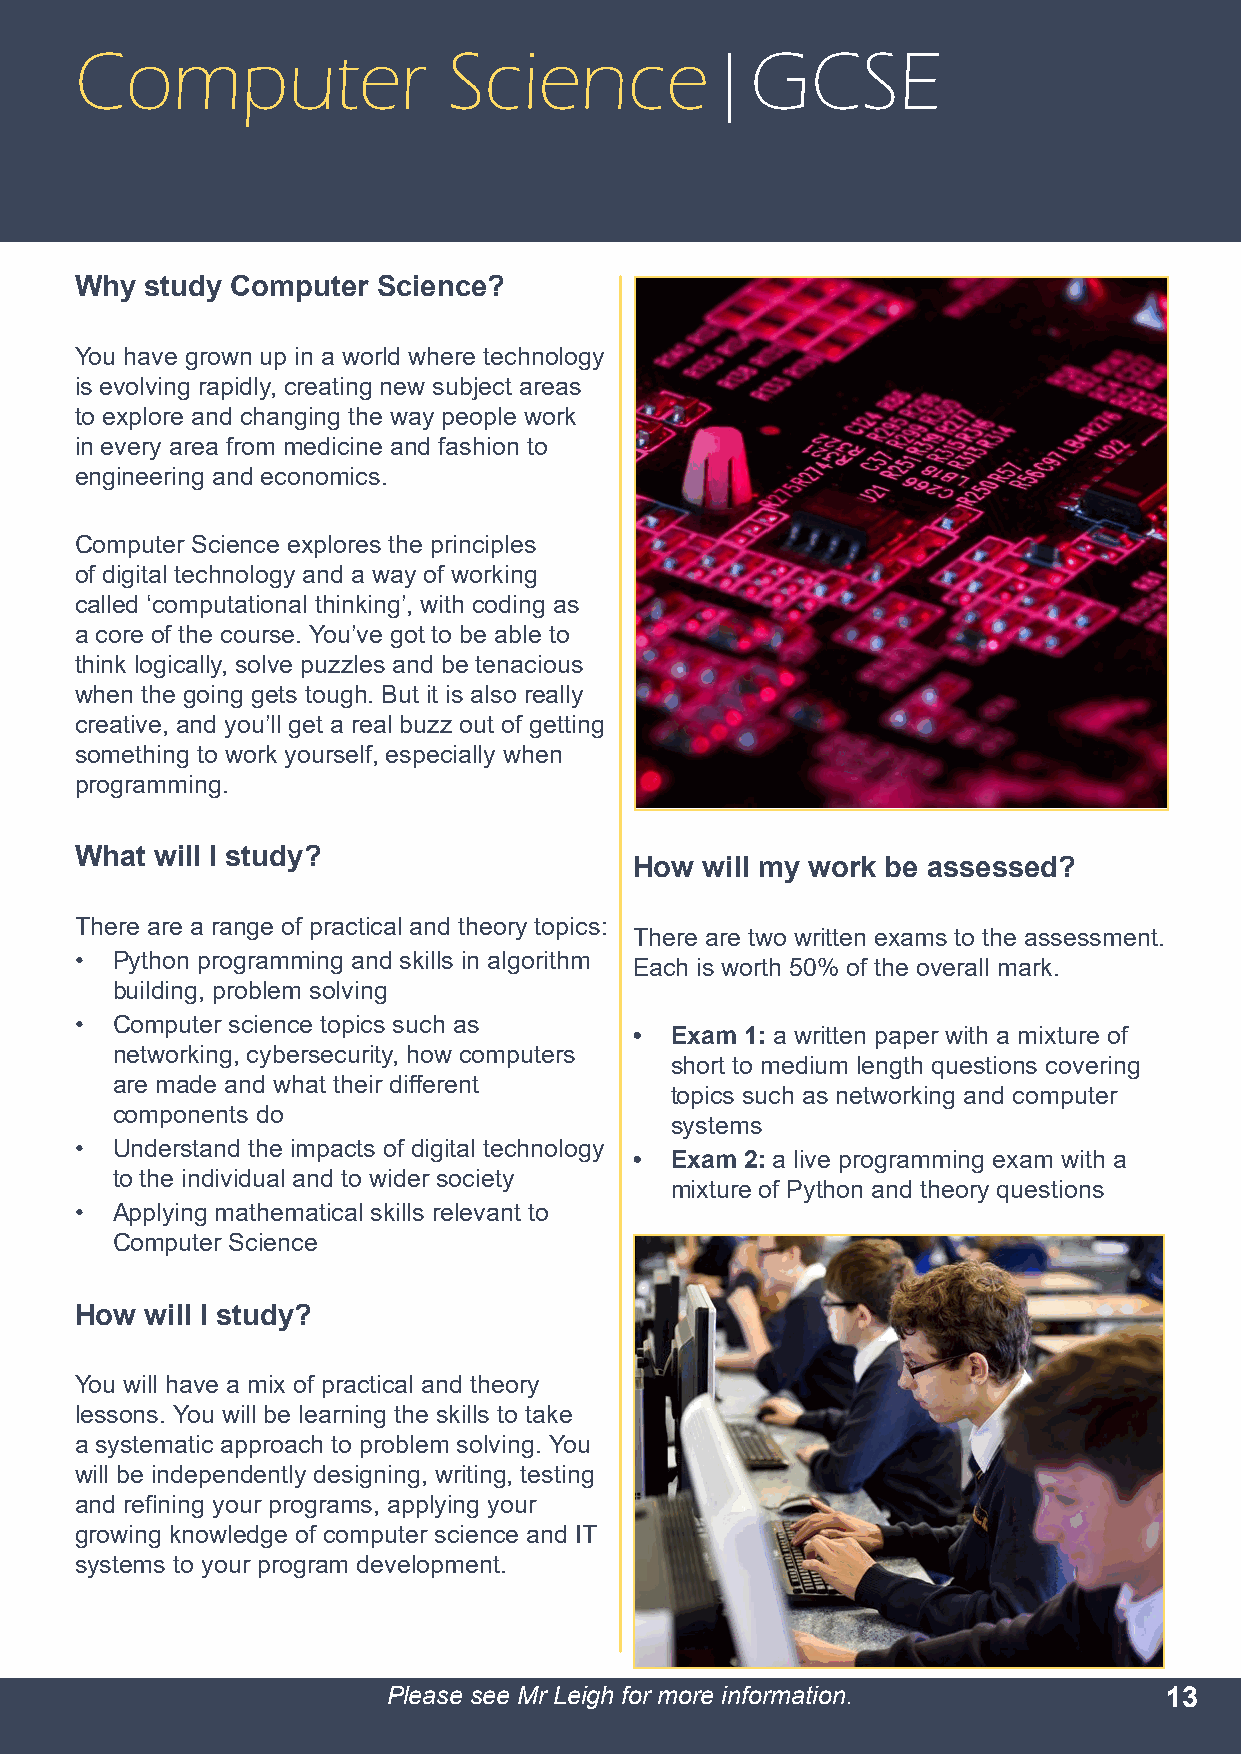
Computer                 Science|GCSE
 Why  study Computer Science?
 You have grown up in a world where technology
 is evolving rapidly, creating new subject areas
 to explore and changing the way people work
 in every area from medicine and fashion to
 engineering and economics.
 Computer Science explores the principles
 of digital technology and a way of working
 called ‘computational thinking’, with coding as
 a core of the course. You’ve got to be able to
 think logically, solve puzzles and be tenacious
 when the going gets tough. But it is also really
 creative, and you’ll get a real buzz out of getting
 something to work yourself, especially when
 programming.
 What will I study?
 How will my work be assessed?
 There are a range of practical and theory topics:
 There are two written exams to the assessment.
 • Python programming and skills in algorithm
 Each is worth 50% of the overall mark.
 building, problem solving
 • Computer science topics such as
 • Exam 1: a written paper with a mixture of
 networking, cybersecurity, how computers
 short to medium length questions covering
 are made and what their different
 topics such as networking and computer
 components do
 systems
 • Understand the impacts of digital technology
 • Exam 2: a live programming exam with a
 to the individual and to wider society
 mixture of Python and theory questions
 • Applying mathematical skills relevant to
 Computer Science
 How  will I study?
 You will have a mix of practical and theory
 lessons. You will be learning the skills to take
 a systematic approach to problem solving. You
 will be independently designing, writing, testing
 and refining your programs, applying your
 growing knowledge of computer science and IT
 systems to your program development.
 Please see Mr Leigh for more information.          13